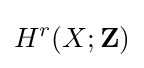
H^{r}(X;\mathbf {Z} )